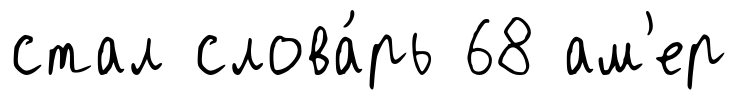
стал слова́рь 68 ам'ер